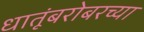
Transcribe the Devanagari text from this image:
धातूंबरोबरच्या